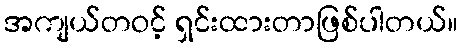
အကျယ်တဝင့် ရှင်းထားတာဖြစ်ပါတယ်။